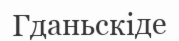
Гданьскіде